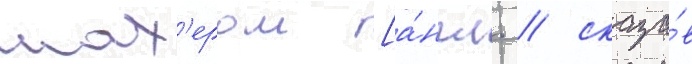
мах'ером [а́нгл. / сказа́в